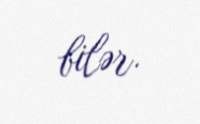
bilər.